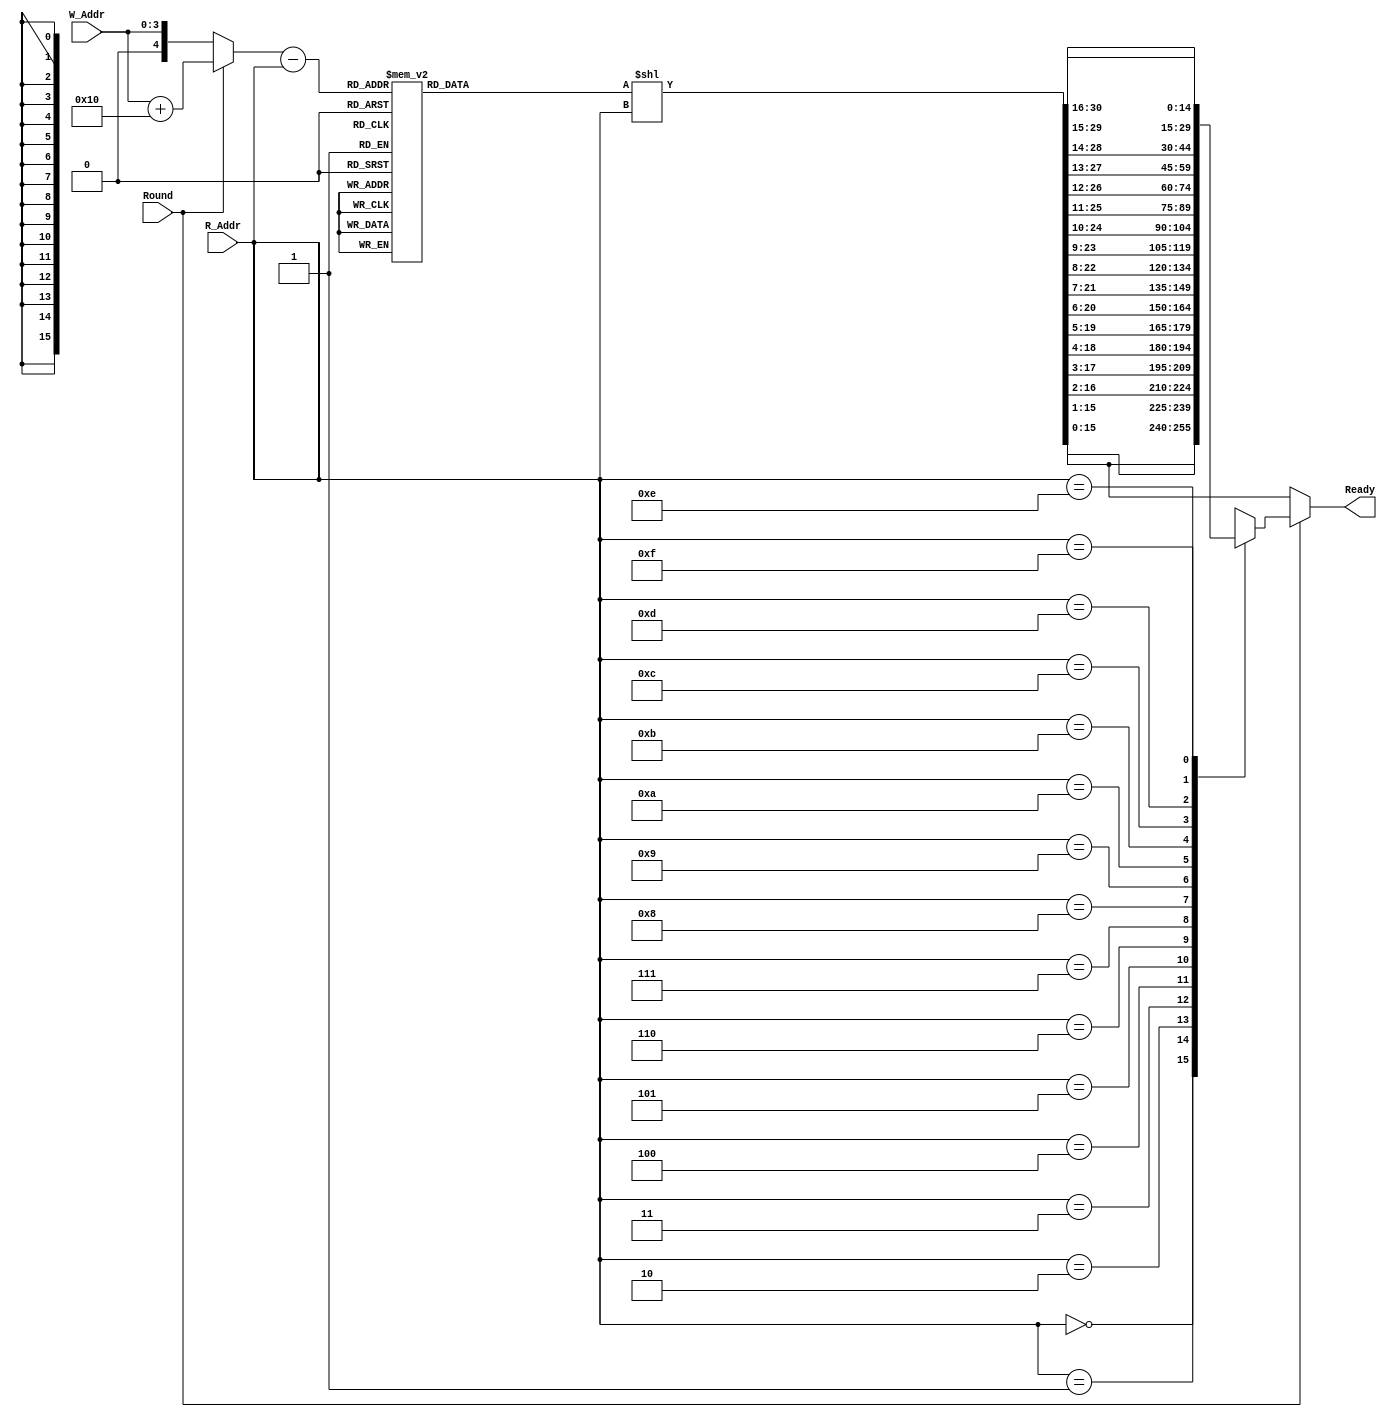
//have some problem when round = 1
//same distance means same pattern
//and the shift operation should be rotate left shift

module Ready_16
    (W_Addr, R_Addr, Round, Ready);

    parameter BufferWidth = 4;
    parameter BufferSize = 16;
    parameter PseudoBufferWidth = 5;
    parameter PseudoBufferSize = 32;

    input [BufferWidth-1:0] W_Addr, R_Addr;
    input Round;

    wire [PseudoBufferWidth-1:0] Pseudo_W_Addr = Round ? W_Addr + BufferSize : W_Addr ;
    wire [PseudoBufferWidth-1:0] Distance = Pseudo_W_Addr - R_Addr;
    reg [PseudoBufferSize-1:0] Pattern;
    reg [PseudoBufferSize-1:0] TmpReady;
    
    output reg [BufferSize-1:0] Ready;

    
    always @(*)begin
        
        //Pattern = {(Distance){1}};
        case(Distance)
            0: Pattern = {32'b0};
            1: Pattern = {31'b0,1'b1};
            2: Pattern = {30'b0,2'b11};
            3: Pattern = {29'b0,3'b111};
            4: Pattern = {28'b0,4'b1111};
            5: Pattern = {27'b0,5'b1_1111};
            6: Pattern = {26'b0,6'b11_1111};
            7: Pattern = {25'b0,7'b111_1111};
            8: Pattern = {24'b0,8'b1111_1111};
            9: Pattern = {23'b0,9'b1_1111_1111};
            10: Pattern = {22'b0,10'b11_1111_1111};
            11: Pattern = {21'b0,11'b111_1111_1111};
            12: Pattern = {20'b0,12'b1111_1111_1111};
            13: Pattern = {19'b0,13'b1_1111_1111_1111};
            14: Pattern = {18'b0,14'b11_1111_1111_1111};
            15: Pattern = {17'b0,15'b111_1111_1111_1111};
            16: Pattern = {16'b0,16'b1111_1111_1111_1111};
            default: Pattern = 32'b0;
        endcase
        
        TmpReady = Pattern << R_Addr;
        if (Round) begin
            //Circular Shift    
            case(R_Addr)
                0: Ready = TmpReady[15:0];
                1: Ready = {TmpReady[15:1], TmpReady[16]};
                2: Ready = {TmpReady[15:2], TmpReady[17:16]};
                3: Ready = {TmpReady[15:3], TmpReady[18:16]};
                4: Ready = {TmpReady[15:4], TmpReady[19:16]};
                5: Ready = {TmpReady[15:5], TmpReady[20:16]};
                6: Ready = {TmpReady[15:6], TmpReady[21:16]};
                7: Ready = {TmpReady[15:7], TmpReady[22:16]};
                8: Ready = {TmpReady[15:8], TmpReady[23:16]};
                9: Ready = {TmpReady[15:9], TmpReady[24:16]};
                10: Ready = {TmpReady[15:10], TmpReady[25:16]};
                11: Ready = {TmpReady[15:11], TmpReady[26:16]};
                12: Ready = {TmpReady[15:12], TmpReady[27:16]};
                13: Ready = {TmpReady[15:13], TmpReady[28:16]};
                14: Ready = {TmpReady[15:14], TmpReady[29:16]};
                15: Ready = {TmpReady[15], TmpReady[30:16]};
                default: Ready = 16'b0;
            endcase
        end
        else begin
            Ready = TmpReady;
        end
    end
endmodule